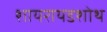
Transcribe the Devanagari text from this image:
शायरायडशोथ